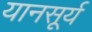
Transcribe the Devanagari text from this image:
यानसूर्य